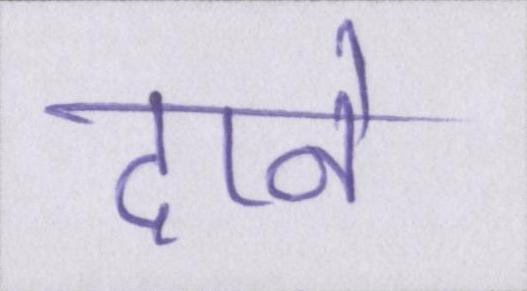
दाने